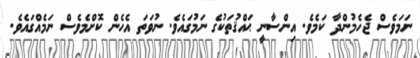
ނަމަވެސް ޖެހެމުންދާ ކަމެވެ. އިންސާނީ ޙައްޤުތަކުގެ ނަމުގައެވެ. ނުވަތަ އެހެން ކޮށްމެވެސް ނަމެއްގައެވެ.